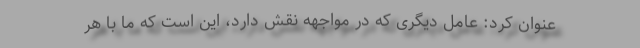
عنوان کرد: عامل دیگری که در مواجهه نقش دارد، این است که ما با هر